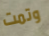
وتمت